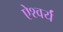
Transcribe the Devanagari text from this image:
ऐश्वर्यं